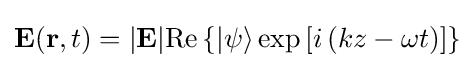
\mathbf {E} (\mathbf {r} ,t)=|\mathbf {E} |\mathrm {Re} \left\{|\psi \rangle \exp \left[i\left(kz-\omega t\right)\right]\right\}